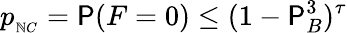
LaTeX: p_{_{\mathbb{N}C}}=\mathsf{P}(F=0)\leq(1-\mathsf{P}_{B}^{3})^{\tau}